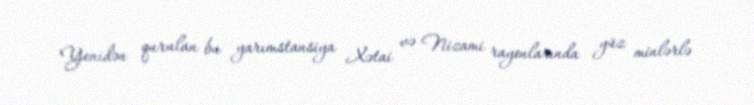
Yenidən qurulan bu yarımstansiya Xətai və Nizami rayonlarında yüz minlərlə